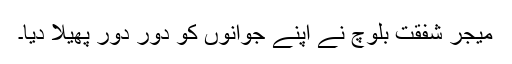
میجر شفقت بلوچ نے اپنے جوانوں کو دور دور پھیلا دیا۔